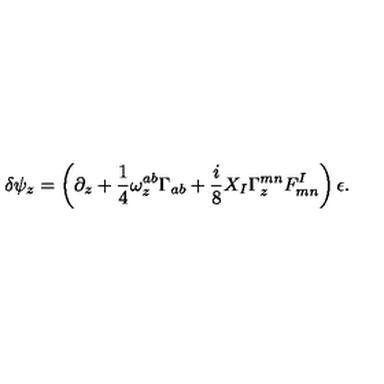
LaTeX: \delta \psi _ { z } = \left( \partial _ { z } + { \frac { 1 } { 4 } } \omega _ { z } ^ { a b } \Gamma _ { a b } + { \frac { i } { 8 } } X _ { I } \Gamma _ { z } ^ { m n } F _ { m n } ^ { I } \right) \epsilon .